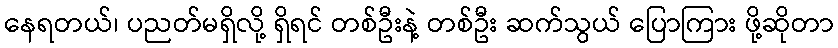
နေရတယ်၊ ပညတ်မရှိလို့ ရှိရင် တစ်ဦးနဲ့ တစ်ဦး ဆက်သွယ် ပြောကြား ဖို့ဆိုတာ